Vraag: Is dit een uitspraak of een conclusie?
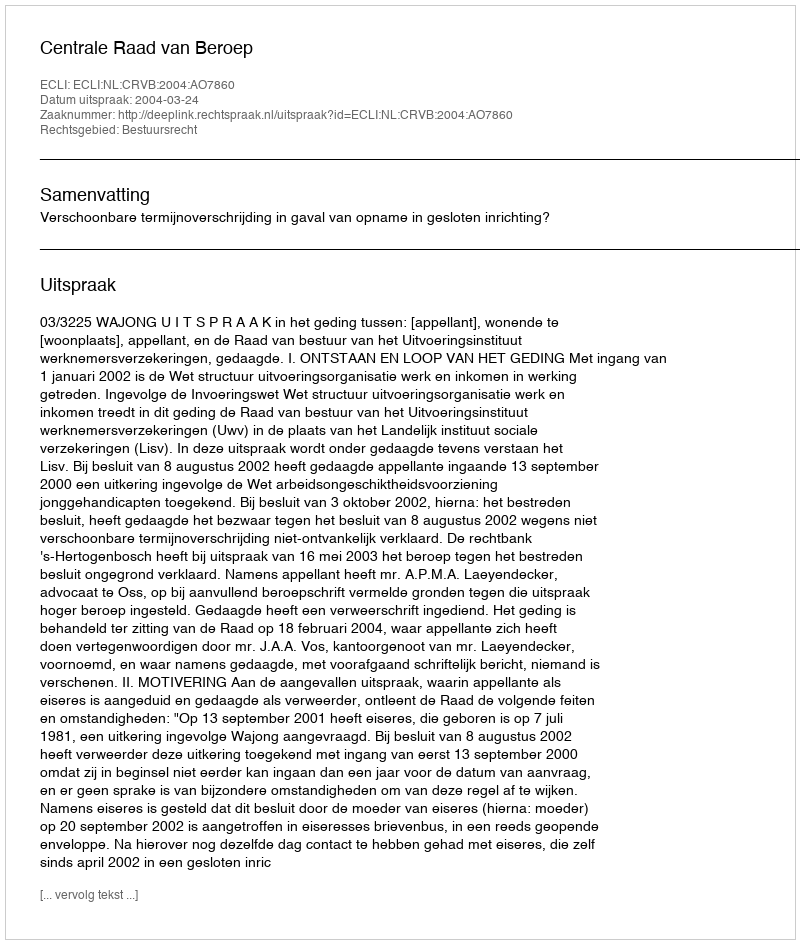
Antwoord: Uitspraak